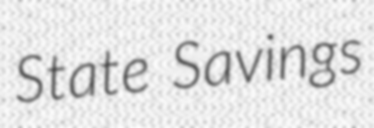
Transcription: State Savings